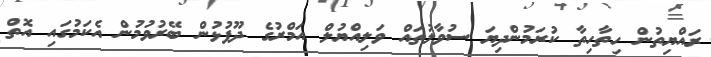
ރައްޔިތުން ހިތާހިތާ ކުރަމުންދިޔަ ސުވާލުތައް ވަލިއްޔުލް އަމްރުގެ ދޫފުޅުން ބޭރުވުމުން އެކަމުގައި އޮތް